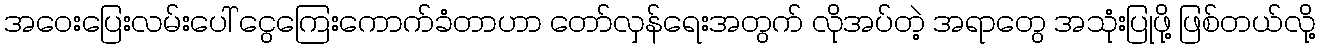
အဝေးပြေးလမ်းပေါ် ငွေကြေးကောက်ခံတာဟာ တော်လှန်ရေးအတွက် လိုအပ်တဲ့ အရာတွေ အသုံးပြုဖို့ ဖြစ်တယ်လို့